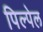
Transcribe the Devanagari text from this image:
पिल्पेल